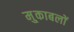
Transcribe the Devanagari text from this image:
मु्काबलों